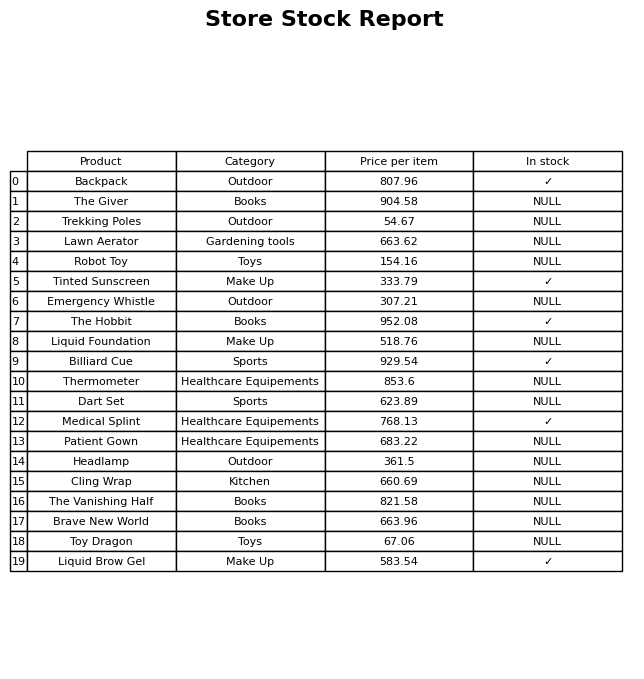
question: Which products are available in stock?
answer: Backpack, Tinted Sunscreen, The Hobbit, Billiard Cue, Medical Splint, Liquid Brow Gel